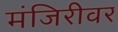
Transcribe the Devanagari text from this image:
मंजिरीवर